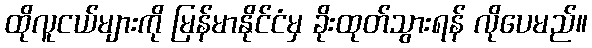
ထိုလူငယ်များကို မြန်မာနိုင်ငံမှ ခိုးထုတ်သွားရန် လိုပေမည်။